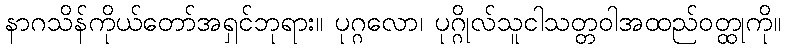
နာဂသိန်ကိုယ်တော်အရှင်ဘုရား။ ပုဂ္ဂလော၊ ပုဂ္ဂိုလ်သူငါသတ္တဝါအထည်ဝတ္ထုကို။